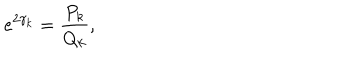
e ^ { 2 \gamma _ { k } } = \frac { P _ { k } } { Q _ { k } } ,